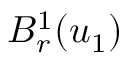
B _ { r } ^ { 1 } ( u _ { 1 } )